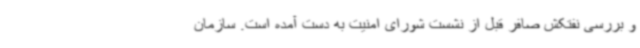
و بررسی نفتکش صافر قبل از نشست شورای امنیت به دست آمده است. سازمان